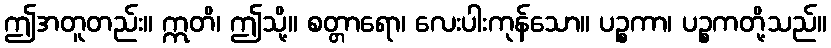
ဤအတူတည်း။ ဣတိ၊ ဤသို့။ စတ္တာရော၊ လေးပါးကုန်သော။ ပဉ္စကာ၊ ပဉ္စကတို့သည်။